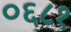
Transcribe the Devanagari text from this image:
०६८१